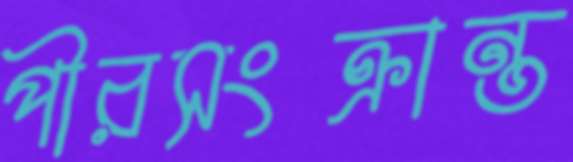
পীরসংক্রান্ত